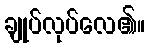
ချုပ်လုပ်လေ၏။